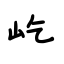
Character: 屹